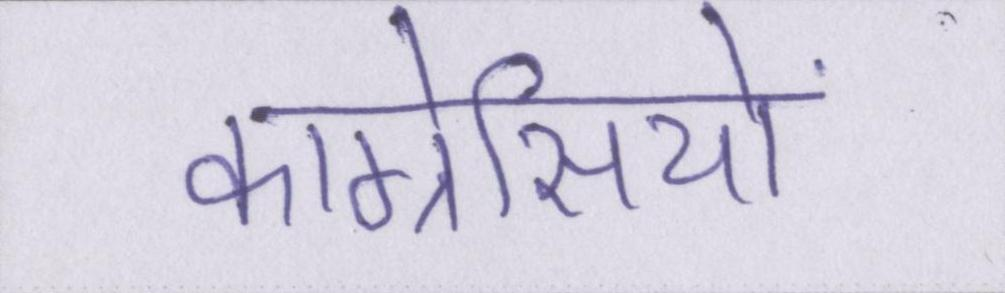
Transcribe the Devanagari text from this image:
कांग्रेसियों